Lunatic asylums Madras 1877-1891 - 1877-1891
Year: 1877
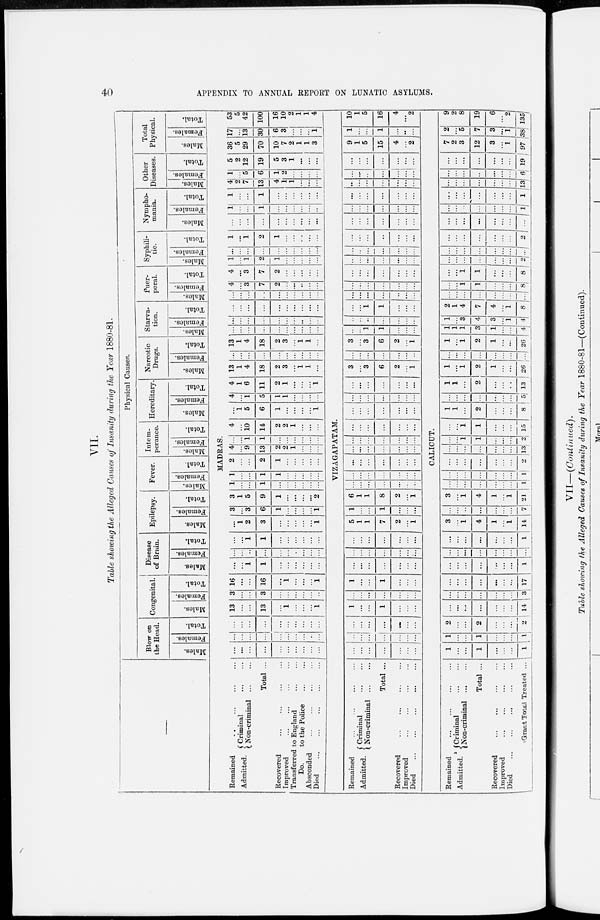
40
APPENDIX TO ANNUAL REPORT ON LUNATIC ASYLUMS.
VII.
Table showing the Alleged Causes of Insanity during the Year 1880-81.
Physical Causes.
Blow on
the Head.
Males.
Females.
Total.
Congenital.
Mal es .
Femal es .
Total.
Disease
of Brain.
Males.
Females.
Total.
Epilepsy.
Males.
Females.
Total.
Fever.
Males.
Females.
Total.
Internperance.
Males.
Females.
Total.
Hereditary.
Males.
Females.
Total.
Narcotic
Drugs.
Males.
Females.
Total.
Starva-
tion.
Males.
Females.
Total.
Puer-
peral.
Males.
Females.
Total.
Syphili-
tic.
Males.
Females.
Total.
Nympho-
mania.
Males.
Females.
Total.
Other
Diseases.
Mal es .
Females.
Total.
Total
Physical.
Males.
Females.
Total.
MADRAS.
Remained ... ... ...
Admitted.
Criminal ... ...
Non-criminal ... ...
Total ...
Recovered ... ... ... ...
Improved
...
...
...
...
Transferred to England
...
...
Do.
to the Police
...
...
Absconded ... ... ... ...
Died
...
...
...
...
...
...
...
...
...
...
...
...
...
...
...
...
...
...
...
...
...
...
...
...
...
...
...
...
...
...
...
...
...
...
...
13
...
...
13
...
1
...
...
...
1
3
...
...
3
...
...
...
...
...
...
16
...
...
16
...
1
...
...
...
1
...
...
1
1
...
...
...
...
...
...
...
...
...
...
...
...
...
...
...
...
...
...
1
1
...
...
...
...
...
...
...
1
2
3
...
...
...
...
...
1
3
...
3
6
1
...
...
...
...
1
3
1
5
9
1
...
...
...
...
2
1
...
...
1
...
...
...
...
...
...
1
...
...
1
1
...
...
...
...
...
2
...
...
2
1
...
...
...
...
...
4
...
9
13
2
2
1
...
...
...
...
...
1
1
...
...
...
...
...
...
4
...
10
14
2
2
1
...
...
...
...
1
5
6
1
...
...
...
...
1
4
...
1
5
1
1
...
...
...
...
4
1
6
11
2
1
...
...
...
1
13
1
4
18
2
3
...
1
1
...
...
...
...
...
...
...
...
...
...
...
13
1
4
18
2
3
...
1
1
...
...
...
...
...
...
...
...
...
...
...
...
...
...
...
...
...
...
...
...
...
...
...
...
...
...
...
...
...
...
...
...
...
...
...
...
...
...
...
...
...
4
...
3
7
2
...
...
...
...
...
4
...
3
7
2
...
...
...
...
...
1
...
1
2
1
...
...
...
...
...
...
...
...
...
...
...
...
...
...
...
1
...
1
2
1
...
...
...
...
...
...
...
...
...
...
...
...
...
...
...
1
...
...
1
...
...
...
...
...
...
1
...
...
1
...
...
...
...
...
4
2
7
13
4
1
1
...
...
...
1
...
5
6
1
2
...
...
...
...
5
2
12
19
5
3
1
...
...
...
36
5
29
70
10
7
2
1
1
3
17
...
13
30
6
3
...
...
...
1
53
5
42
100
16
10
2
1
1
4
VIZAGAPATAM.
Remained ... ... ... ...
Admitted.
Criminal ... ...
Non-criminal ... ...
Total ...
Recovered ... ... ... ...
Improved ... ... ... ...
Died
...
...
...
...
...
...
...
...
...
...
...
...
...
...
...
...
...
...
...
...
...
...
...
...
...
...
1
...
...
1
...
...
...
...
...
...
...
...
...
...
1
...
...
1
...
...
...
...
...
...
...
...
...
...
...
...
...
...
...
...
...
...
...
...
...
...
...
5
1
1
7
2
...
1
1
...
...
1
...
...
...
6
1
1
8
2
...
1
...
...
...
...
...
...
...
...
...
...
...
...
...
...
...
...
...
...
...
...
...
...
...
...
...
...
...
...
...
...
...
...
...
...
...
...
...
...
...
...
...
...
...
...
...
...
...
...
...
...
...
..
...
...
...
...
...
...
...
...
...
...
...
3
...
3
6
2
...
1
...
...
...
...
...
...
...
3
...
3
6
2
...
1
...
...
1
1
...
...
...
...
...
...
...
...
...
...
...
...
1
1
...
...
...
...
...
...
...
...
...
...
...
...
...
...
...
...
...
...
...
...
...
...
...
...
...
...
...
...
...
...
...
...
...
...
...
...
...
...
...
...
...
...
...
...
...
...
...
...
...
...
...
...
...
...
...
...
...
...
...
...
...
...
...
...
...
...
...
...
...
...
...
...
...
...
...
...
...
...
...
...
...
...
...
...
...
...
...
9
1
5
15
4
...
2
1
...
...
1
...
...
...
10
1
5
16
4
...
2
CALICUT.
Remained ... ... ... ...
Admitted.
Criminal
...
...
Non-criminal ... ...
Total ...
Recovered
...
...
...
...
Improved ... ... ... ...
Died
...
...
...
...
...
Grand Total Treated ...
1
...
...
1
...
...
...
1
1
...
...
1
...
...
...
1
2
...
...
2
...
...
...
2
...
...
...
...
...
...
14
...
...
...
...
...
...
...
3
...
...
...
...
...
...
...
17
...
...
...
...
...
...
...
1
...
...
...
...
...
...
...
...
...
...
...
...
...
...
...
1
3
...
1
4
1
...
1
14
...
...
...
...
...
...
...
7
3
...
1
4
1
...
1
21
...
...
...
...
...
...
...
1
...
...
...
...
...
...
...
1
...
...
...
...
...
...
...
...
...
...
...
...
...
...
13
...
...
1
1
...
...
...
2
...
...
1
1
...
...
...
15
1
1
...
2
...
...
...
8
...
...
...
...
...
...
..
5
1
1
...
2
...
...
...
13
1
...
1
2
1
...
...
26
...
...
...
...
...
...
...
...
1
...
1
2
1
...
...
26
1
1
1
3
1
...
...
4
1
...
3
4
3
...
1
4
2
1
4
7
4
...
1
8
...
...
...
...
...
...
...
...
...
...
1
1
...
...
...
8
...
...
1
1
...
...
...
8
...
...
...
...
...
...
...
2
...
...
...
...
...
...
...
...
...
...
...
...
...
...
2
...
...
...
...
...
...
...
...
...
...
...
...
...
...
...
1
...
...
...
...
...
...
...
1
...
...
...
...
...
...
...
13
...
...
...
...
...
...
...
6
...
...
...
...
...
...
...
19
7
2
3
12
3
...
1
97
2
...
5
7
3
...
1
38
9
2
8
19
6
...
2
135